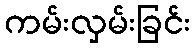
ကမ်းလှမ်းခြင်း